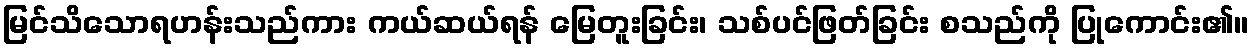
မြင်သိသောရဟန်းသည်ကား ကယ်ဆယ်ရန် မြေတူးခြင်း၊ သစ်ပင်ဖြတ်ခြင်း စသည်ကို ပြုကောင်း၏။